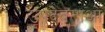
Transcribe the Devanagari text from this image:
उपदेवताओं